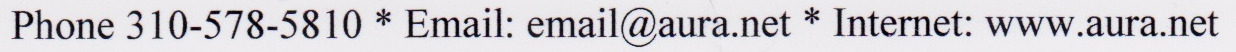
Phone 310-578-5810 * Email: email@aura.net * Internet: www.aura.net